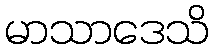
မာသာဒေသိ